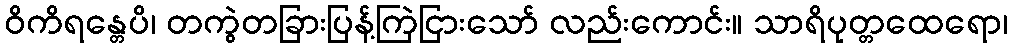
ဝိကိရန္တေပိ၊ တကွဲတခြားပြန့်ကြဲငြားသော် လည်းကောင်း။ သာရိပုတ္တထေရော၊